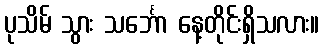
ပုသိမ် သွား သင်္ဘော နေ့တိုင်းရှိသလား။